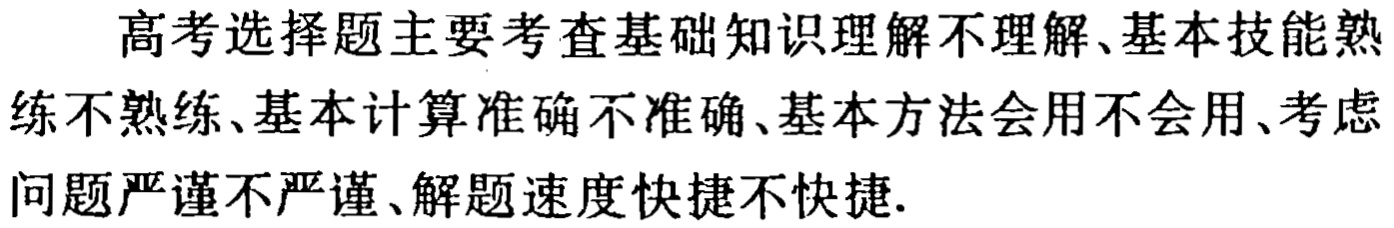
高考选择题主要考查基础知识理解不理解、基本技能熟练不熟练、基本计算准确不准确、基本方法会用不会用、考虑问题严谨不严谨、解题速度快捷不快捷.